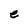
Character: e